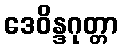
ဒေဝိန္ဒဂုတ္တာ